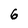
Character: 6